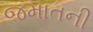
જમાતની